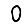
Digit: 0